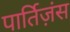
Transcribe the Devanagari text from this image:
पार्तिज़ंस